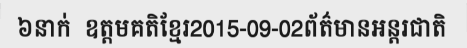
៦នាក់  ឧត្តមគតិខ្មែរ2015-09-02ព័ត៌មានអន្តរជាតិ